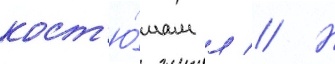
кост'ю́мам л // Н